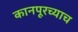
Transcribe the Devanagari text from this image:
कानपूरच्याच